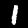
Label: 1